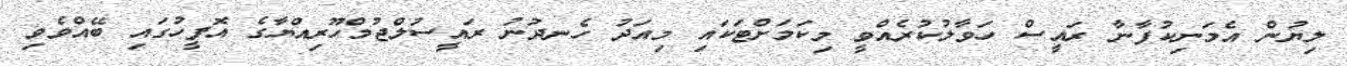
ލިޔުން އެމަނިކުފާނާ ރައީސް ހަވާލުކުރެއްވީ މިކަމަށްޓަކައި މިއަދު ހެނދުނު ރައީސުލްޖުމްހޫރިއްޔާގެ އޮފީހުގައި ބޭއްވެވި